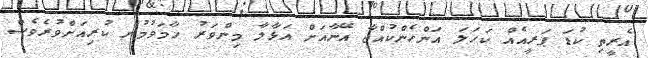
އެރީތި ކުޑަ ޕަރީއެއް ކަހަލަ އަންހެންކުއްޖާ އޭނާއަށް އަޅާލާ މިންވަރު ހާމަވުމުން ކުރިއަށްވުރެވެސް